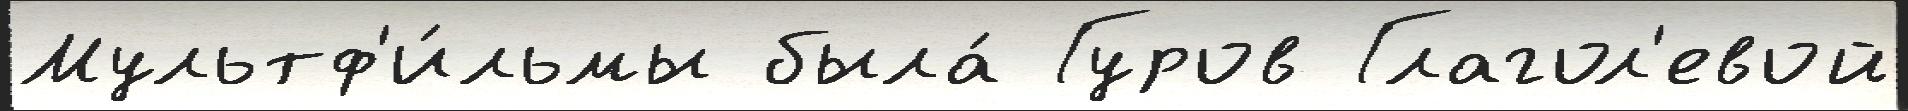
Мультф'и́льмы была́ Гуров Глагол'евой